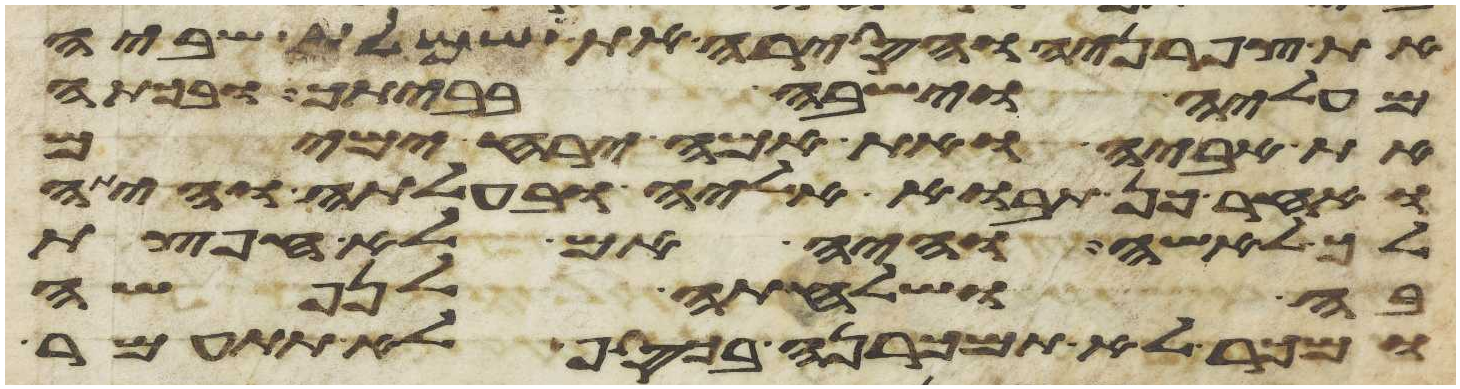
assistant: את צפרניה והסירה את שמלת שביה
מעליה וישבה בביתך ובכתה
את אביה ואת אמה ירח ימים
ואחר כן תבוא אליה ובעלתה והיתה
לך לאשה והיה אם לא חפצת
בה ושלחתה לנפשה
ומכר לא תמכרנה בכסף לא תתעמר